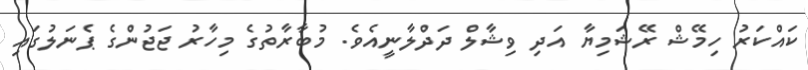
ކައްކަރު ހިމޭޝް ރޭޝަމިޔާ އަދި ވިޝާލް ދަދްލާނީއެވެ. މުބާރާތުގެ މިހާރު ޖަޖުންގެ ޕެނަލުގައި